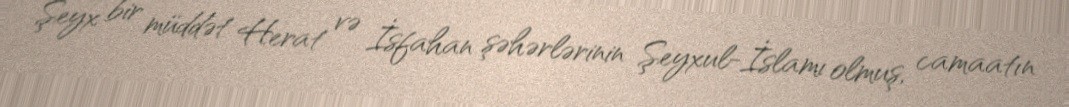
Şeyx bir müddət Herat və İsfahan şəhərlərinin Şeyxul-İslamı olmuş, camaatın